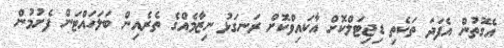
އެގޮތުން އެފަދަ ތަކެތި ޑިޖިޓަލްކޮށް އާކައިވްކޮށް ރަނގަޅު ނިޒާމެއްގެ ތެރެއިން ބަލަހައްޓަން ފެށުމުން